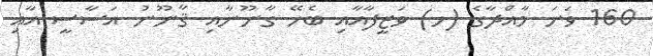
160 ވަނަ މާއްދާގެ (ހ) ވަޒީފާއާއި ބެހޭ ގާނޫނާއި ޤާނޫނު އަސާސީ އާއި